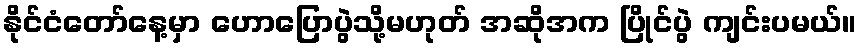
နိုင်ငံတော်နေ့မှာ ဟောပြောပွဲသို့မဟုတ် အဆိုအက ပြိုင်ပွဲ ကျင်းပမယ်။